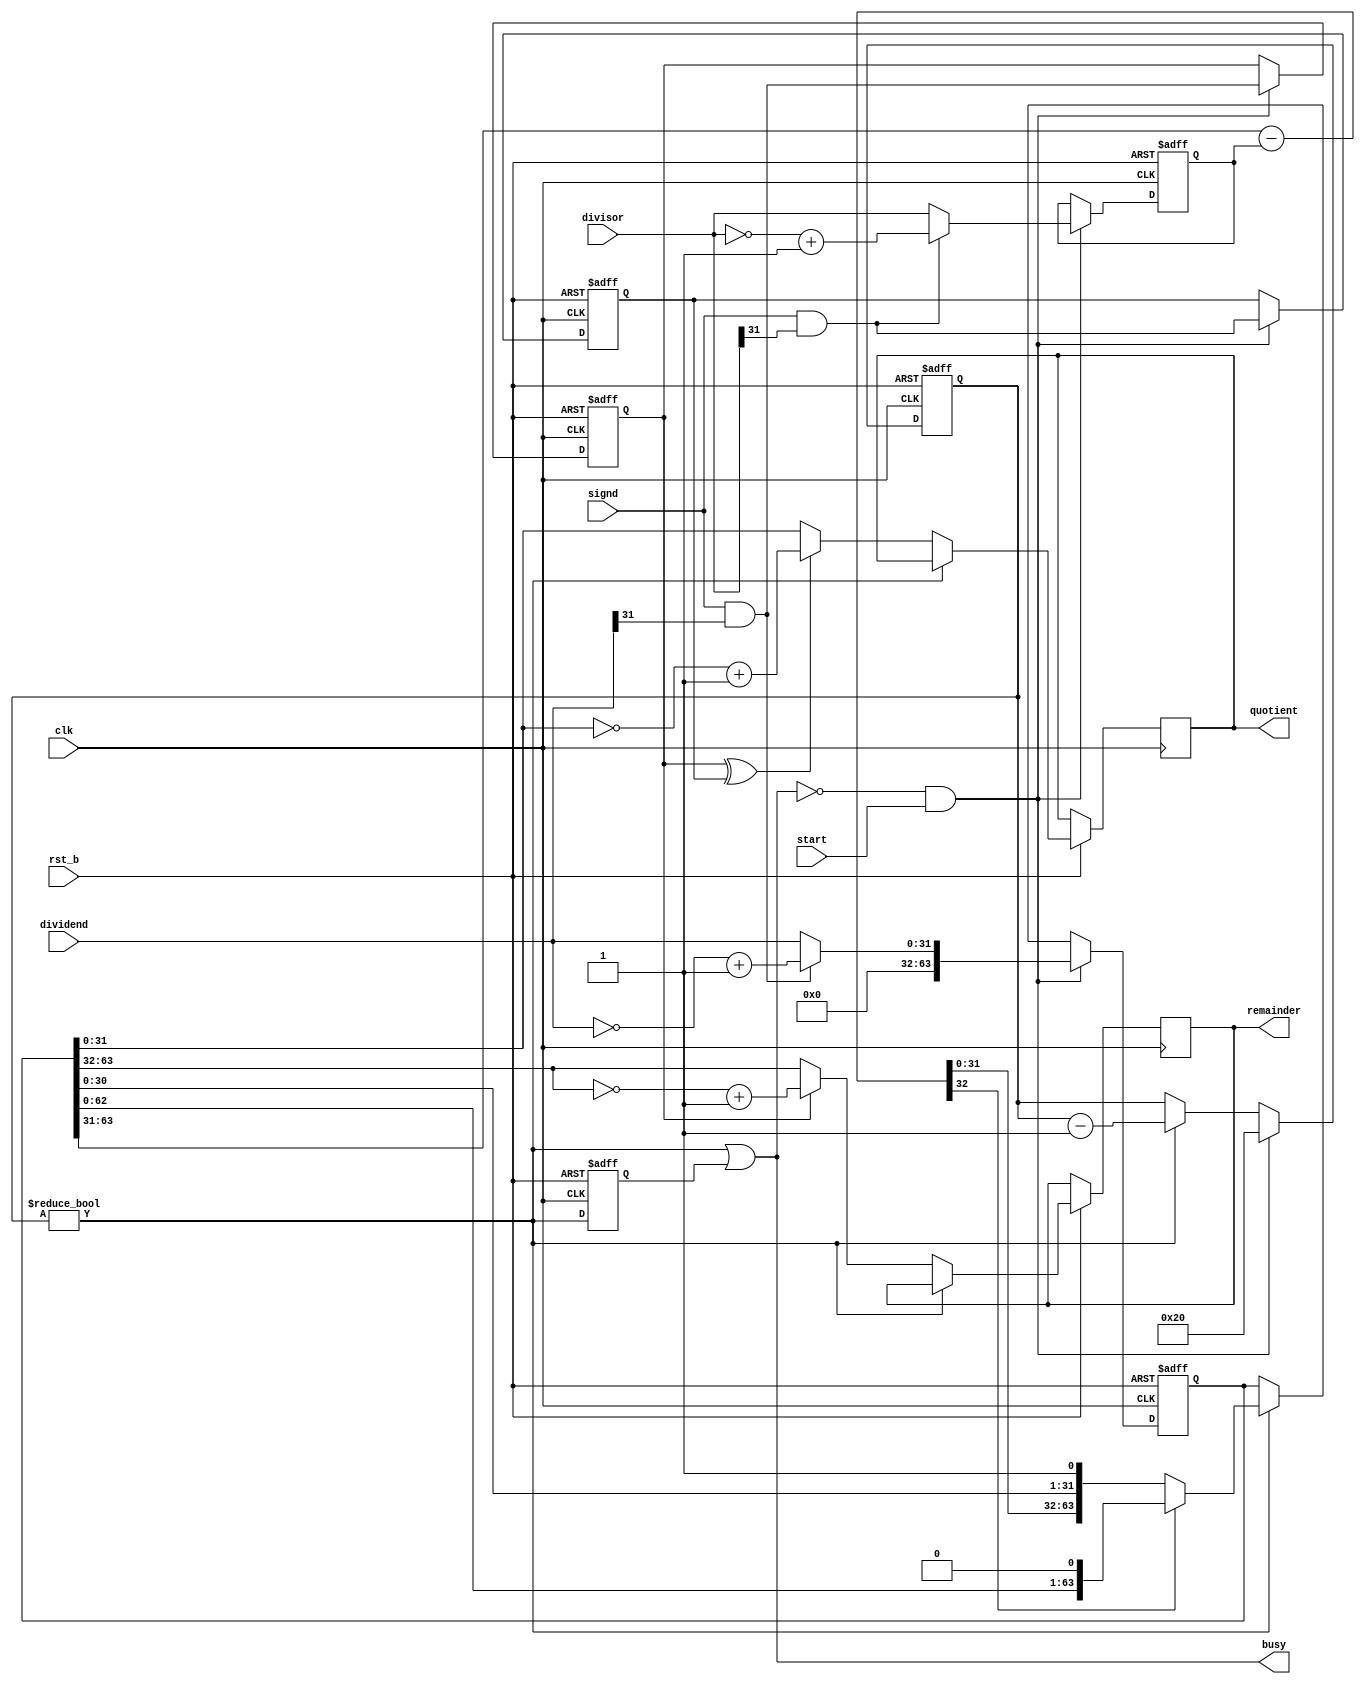
module Div32(quotient, remainder, busy, dividend, divisor, start, clk, signd, rst_b);

	input              clk, rst_b;
	
	input              start, signd;
	output wire        busy;
	
	input       [31:0] dividend, divisor;
	output reg  [31:0] quotient, remainder;
	
	reg [63:0] qr;
	reg  [5:0] curbit = 0;
	
	wire busy_0a = (curbit != 0);
	reg busy_1a = 0; /* It takes one more cycle to make it through. */
	assign busy = busy_0a || busy_1a;
	
	reg [31:0] cur_divisor;
	wire [32:0] diff = qr[63:31] - {1'b0,cur_divisor};
	reg sign_dividend = 0, sign_divisor = 0;
	
	always @(posedge clk or negedge rst_b) begin
		if (!rst_b) begin
			qr <= {64{1'bx}};
			cur_divisor <= {32{1'bx}};
			curbit <= 6'h0;
			sign_dividend <= 0;
			sign_divisor <= 0;
			busy_1a <= 0;
		end else begin
			busy_1a <= busy_0a;
			if (!busy && start) begin
				curbit <= 32;
				sign_dividend <= signd && dividend[31];
				sign_divisor  <= signd && divisor[31];
				
				qr <= {32'h0, (signd && dividend[31]) ? ~dividend + 1 : dividend};
				cur_divisor <= (signd && divisor[31]) ? ~divisor + 1 : divisor;
			end else if (busy_0a) begin
				if (diff[32])
					qr <= {qr[62:0], 1'b0};
				else
					qr <= {diff[31:0], qr[30:0], 1'b1};
				
				curbit <= curbit - 6'h1;
			end
			
			if (!busy_0a) begin
				quotient  <= (sign_dividend ^ sign_divisor) ? ~qr[31:0] + 1 : qr[31:0];
				remainder <= sign_dividend ? ~qr[63:32] + 1 : qr[63:32];
			end
		end
	end
endmodule